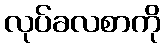
လုပ်ခလစာကို